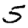
Digit: 5